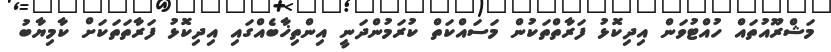
މަޝްރޫއުތައް ހުއްޓުވަން އިދިކޮޅު ފަރާތްތަކުން މަސައްކަތް ކުރަމުންދަނީ އިންތިޚާބެއްގައި އިދިކޮޅު ފަރާތަތަކަށް ކާމިޔާބު